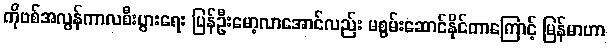
ကိုဗစ်အလွန်ကာလစီးပွားရေး ပြန်ဦးမော့လာအောင်လည်း မစွမ်းဆောင်နိုင်တာကြောင့် မြန်မာဟာ